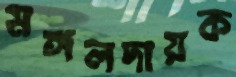
মঙ্গলদায়ক